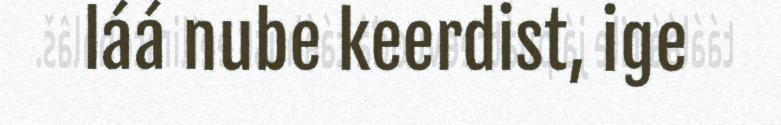
láá nube keerdist, ige